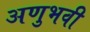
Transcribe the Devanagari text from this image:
अणुभवी